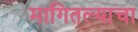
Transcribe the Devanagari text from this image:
मागितल्याचा